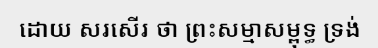
ដោយ សរសើរ ថា ព្រះសម្មាសម្ពុទ្ធ ទ្រង់